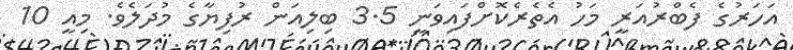
އަހަރުގެ ފެބްރުއަރީ މަހު އެތެރެކޮށްފައިވަނީ 3.5 ބިލިއަން ރުފިޔާގެ މުދަލެވެ. މިއީ 10